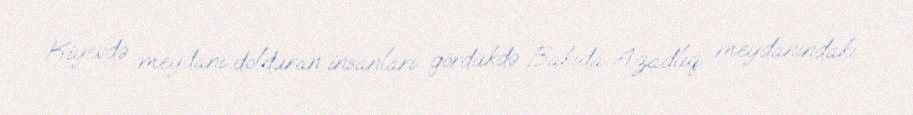
Kiyevdə meydanı dolduran insanları gördükdə Bakıda Azadlıq meydanındakı